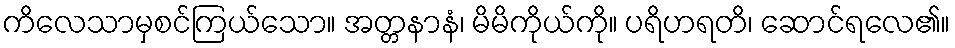
ကိလေသာမှစင်ကြယ်သော။ အတ္တနာနံ၊ မိမိကိုယ်ကို။ ပရိဟရတိ၊ ဆောင်ရလေ၏။